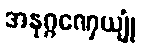
အနုဂ္ဂဏှေယျုံ